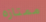
ممتازه